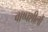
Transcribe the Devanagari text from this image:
वाष्पशीलों